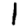
Digit: 1